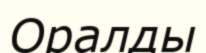
Оралды